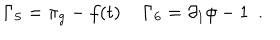
\Gamma _ { 5 } = \pi _ { g } - f ( t ) \, \, \, \, \, \, \, \Gamma _ { 6 } = \partial _ { 1 } \phi - 1 \, \, \, .